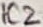
Text: IC2